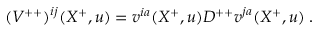
( { V } ^ { + + } ) ^ { i j } ( X ^ { + } , u ) = v ^ { i a } ( X ^ { + } , u ) D ^ { + + } v ^ { j a } ( X ^ { + } , u ) \; .